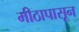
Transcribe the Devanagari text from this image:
मीठापासून